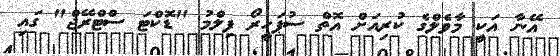
އޭނާ އަކީ މާވެލްގެ ކުރިއަށް އޮތް ސުޕަހީރޯ ފިލްމު "ޑޮކްޓަ ސްޓްރޭޖް" ގައި